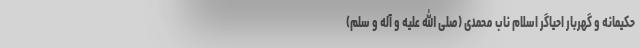
حکیمانه و گهربار احیاگر اسلام ناب محمدی (صلی الله علیه و آله و سلم)